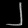
Digit: ၂